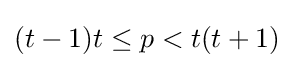
(t-1)t\leq p<t(t+1)